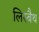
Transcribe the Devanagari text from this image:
लिस्बैथ